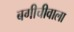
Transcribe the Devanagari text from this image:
बगीचीवाला